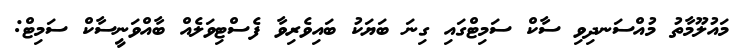
މައުލޫމާތު މުއްސަނދިވި ސާކް ސަމިޓްގައި ގިނަ ބަޔަކު ބައިވެރިވާ ފެސްޓިވަލެއް ބާއްވަނީސާކް ސަމިޓް: